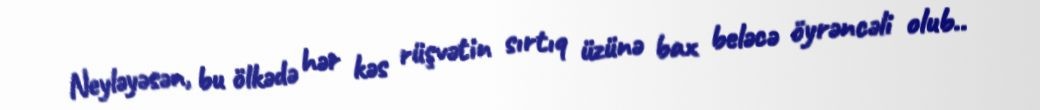
Neyləyəsən, bu ölkədə hər kəs rüşvətin sırtıq üzünə bax beləcə öyrəncəli olub..